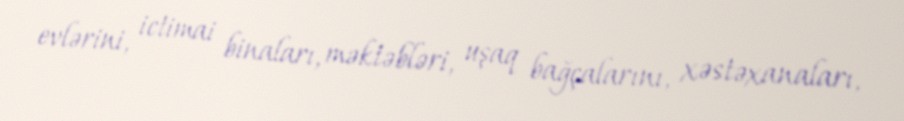
evlərini, ictimai binaları, məktəbləri, uşaq bağçalarını, xəstəxanaları,